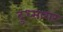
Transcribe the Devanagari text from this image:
दुध्सागर